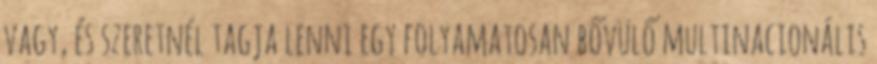
vagy, és szeretnél tagja lenni egy folyamatosan bővülő multinacionális